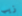
زيب